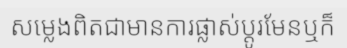
សម្លេងពិតជាមានការផ្លាស់ប្តូរមែនឬក៏